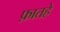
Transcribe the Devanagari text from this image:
फ़ातहे